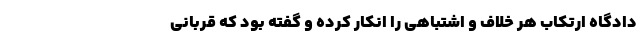
دادگاه ارتکاب هر خلاف و اشتباهی را انکار کرده و گفته بود که قربانی